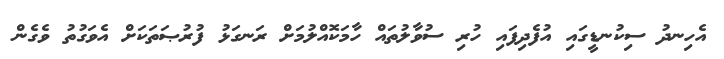
އެހިނދު ސިކުނޑީގައި އުފެދިފައި ހުރި ސުވާލުތައް ހާމަކޮއްލުމަށް ރަނގަޅު ފުރުޞަތަކަށް އެވަގުތު ވެގެން